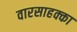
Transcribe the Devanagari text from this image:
वारसाहक्का